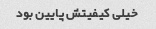
خیلی کیفیتش پایین بود